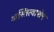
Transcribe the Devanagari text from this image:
अस्तित्वाशेष